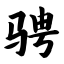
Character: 骋